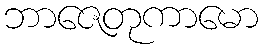
ဘာဇေတုကာမော